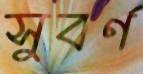
সুবর্ণ